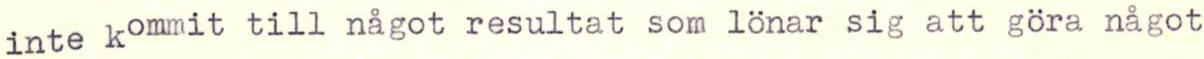
inte kommit till något resultat som lönar sig att göra något